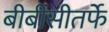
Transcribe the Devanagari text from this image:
बीबीसीतर्फे